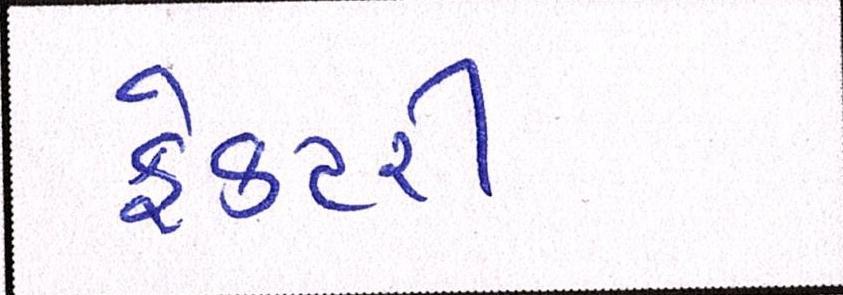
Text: ફેક્ટરી